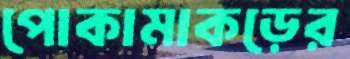
পোকামাকড়ের